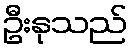
ဦးနုသည်